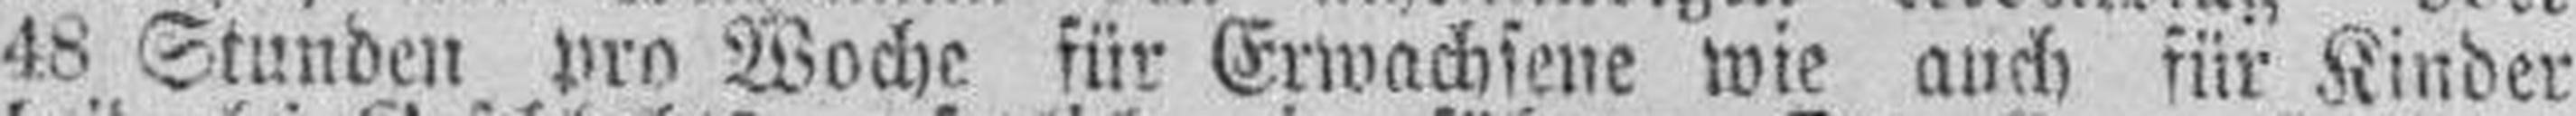
48 Stunden pro Woche für Erwachsene wie auch für Kinder